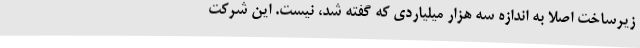
زیرساخت اصلا به اندازه سه هزار میلیاردی که گفته شد، نیست. این شرکت